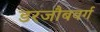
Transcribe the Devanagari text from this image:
डरजौबवर्ग